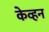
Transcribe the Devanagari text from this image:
केव्हन